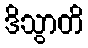
ဒိသွာတိ